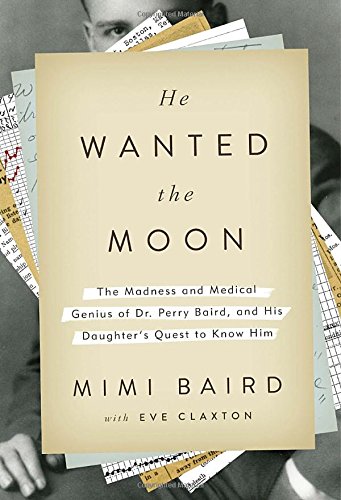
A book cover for He Wanted the Moon: The Madness and Medical Genius of Dr. Perry Baird, and His Daughter's Quest to Know Him; Mimi Baird; Health, Fitness & Dieting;